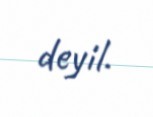
deyil.